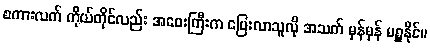
စကားလက် ကိုယ်တိုင်လည်း အဝေးကြီးက ပြေးလာသူလို အသက် မှန်မှန် မရှူနိုင်။